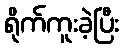
ရိုက်ကူးခဲ့ပြီး